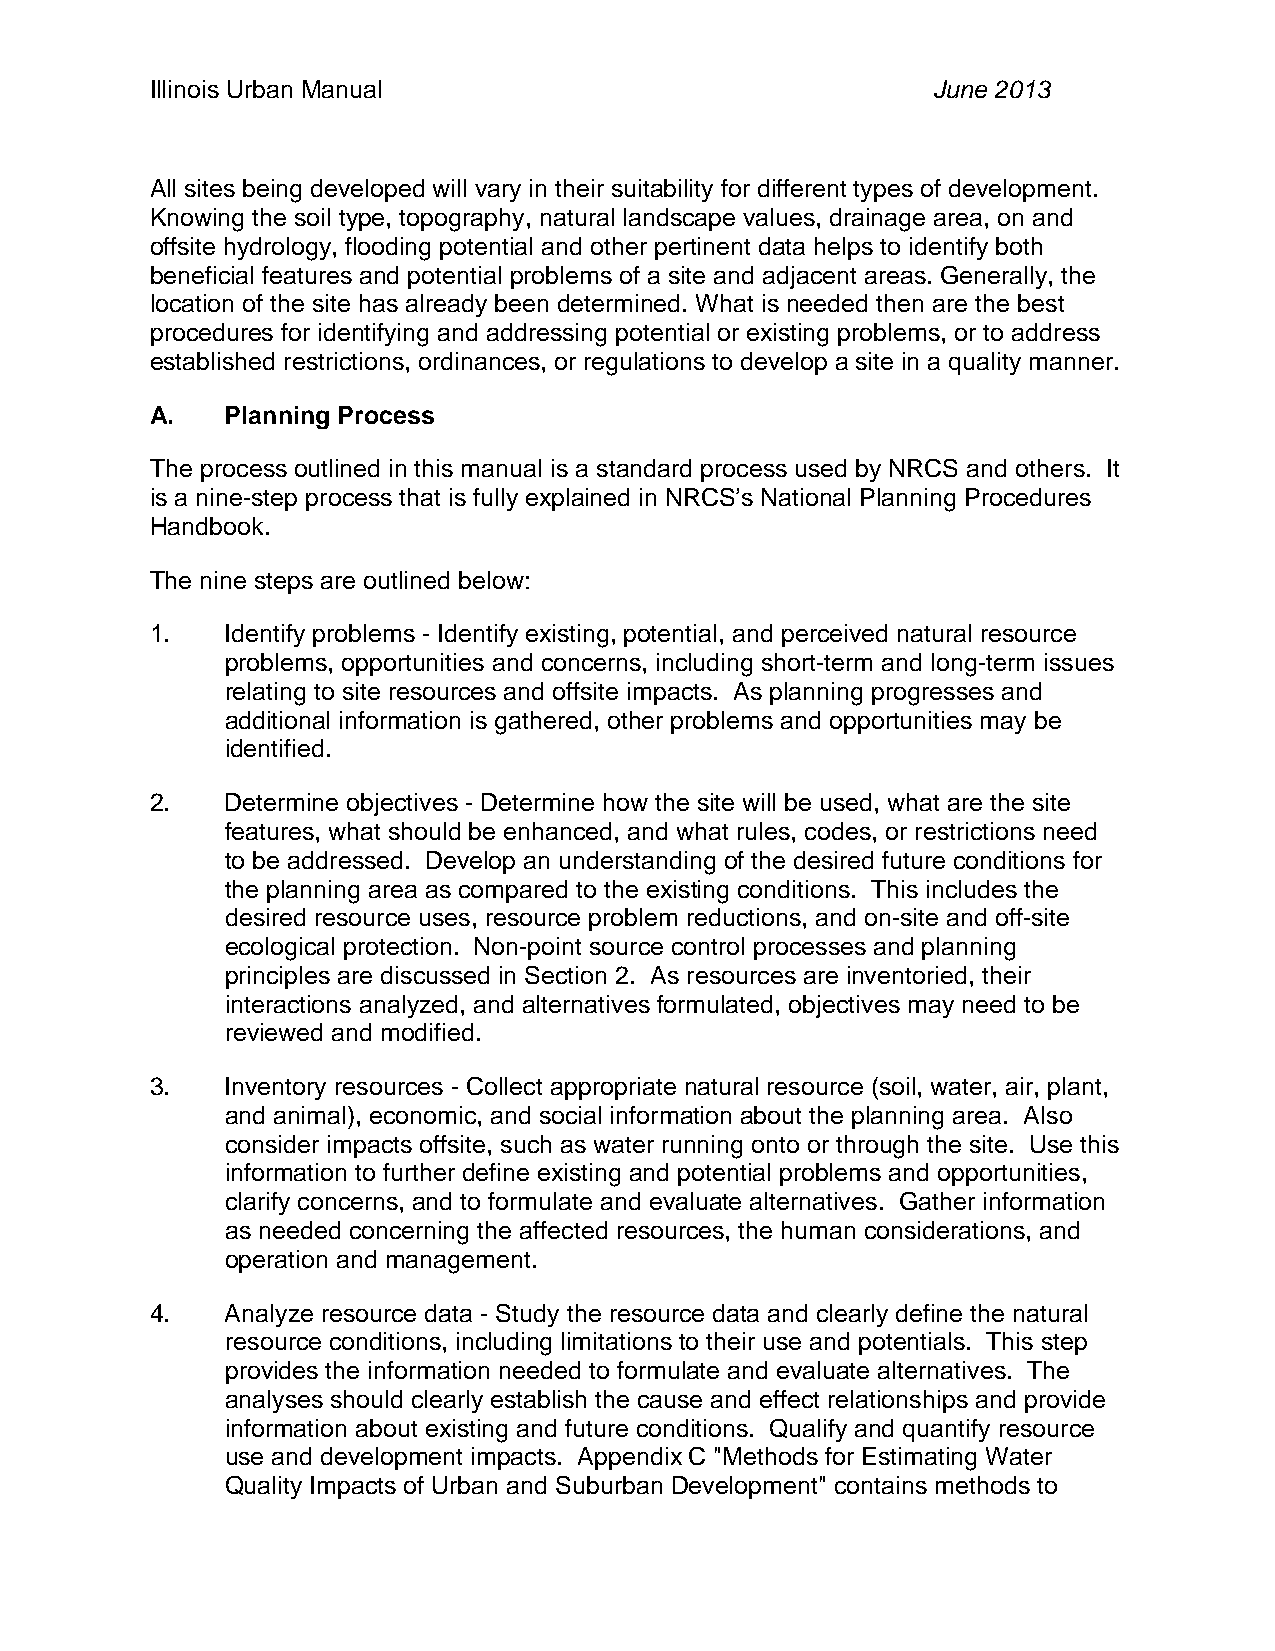
Illinois Urban Manual                               June 2013
 All sites being developed will vary in their suitability for different types of development.
 Knowing the soil type, topography, natural landscape values, drainage area, on and
 offsite hydrology, flooding potential and other pertinent data helps to identify both
 beneficial features and potential problems of a site and adjacent areas. Generally, the
 location of the site has already been determined. What is needed then are the best
 procedures for identifying and addressing potential or existing problems, or to address
 established restrictions, ordinances, or regulations to develop a site in a quality manner.
 A.   Planning Process
 The process outlined in this manual is a standard process used by NRCS and others. It
 is a nine-step process that is fully explained in NRCS’s National Planning Procedures
 Handbook.
 The nine steps are outlined below:
 1.   Identify problems - Identify existing, potential, and perceived natural resource
 problems, opportunities and concerns, including short-term and long-term issues
 relating to site resources and offsite impacts. As planning progresses and
 additional information is gathered, other problems and opportunities may be
 identified.
 2.   Determine objectives - Determine how the site will be used, what are the site
 features, what should be enhanced, and what rules, codes, or restrictions need
 to be addressed. Develop an understanding of the desired future conditions for
 the planning area as compared to the existing conditions. This includes the
 desired resource uses, resource problem reductions, and on-site and off-site
 ecological protection. Non-point source control processes and planning
 principles are discussed in Section 2. As resources are inventoried, their
 interactions analyzed, and alternatives formulated, objectives may need to be
 reviewed and modified.
 3.   Inventory resources - Collect appropriate natural resource (soil, water, air, plant,
 and animal), economic, and social information about the planning area. Also
 consider impacts offsite, such as water running onto or through the site. Use this
 information to further define existing and potential problems and opportunities,
 clarify concerns, and to formulate and evaluate alternatives. Gather information
 as needed concerning the affected resources, the human considerations, and
 operation and management.
 4.   Analyze resource data - Study the resource data and clearly define the natural
 resource conditions, including limitations to their use and potentials. This step
 provides the information needed to formulate and evaluate alternatives. The
 analyses should clearly establish the cause and effect relationships and provide
 information about existing and future conditions. Qualify and quantify resource
 use and development impacts. Appendix C "Methods for Estimating Water
 Quality Impacts of Urban and Suburban Development" contains methods to